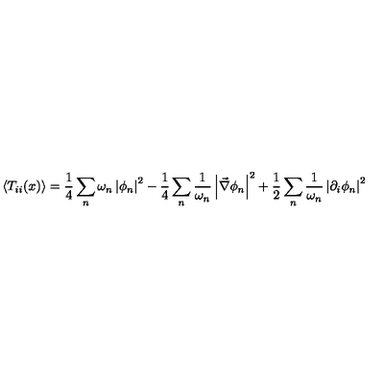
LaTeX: \left\langle T _ { i i } ( x ) \right\rangle = \frac { 1 } { 4 } \sum _ { n } \omega _ { n } \left| \phi _ { n } \right| ^ { 2 } - \frac { 1 } { 4 } \sum _ { n } \frac { 1 } { \omega _ { n } } \left| \vec { \nabla } \phi _ { n } \right| ^ { 2 } + \frac { 1 } { 2 } \sum _ { n } \frac { 1 } { \omega _ { n } } \left| \partial _ { i } \phi _ { n } \right| ^ { 2 }